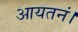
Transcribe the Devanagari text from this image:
आयतनं।